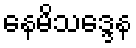
နေမိသဒ္ဒေန